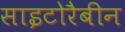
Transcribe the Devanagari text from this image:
साइटोरैबीन